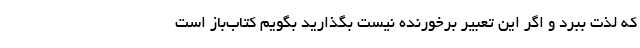
که لذت ببرد و اگر این تعبیر برخورنده نیست بگذارید بگویم کتاب‌باز است